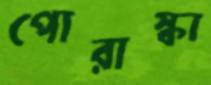
পোরাস্কা